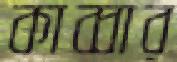
কাব্বার